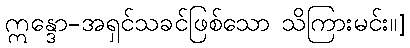
ဣန္ဒော-အရှင်သခင်ဖြစ်သော သိကြားမင်း။]